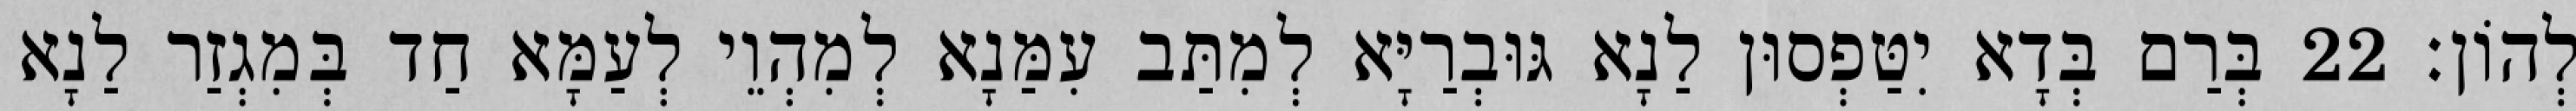
לְהוֹן׃ 22 בְּרַם בְּדָא יִטַּפְסוּן לַנָא גּוּבְרַיָּא לְמִתַּב עִמַּנָא לְמִהְוֵי לְעַמָּא חַד בְּמִגְזַר לַנָא